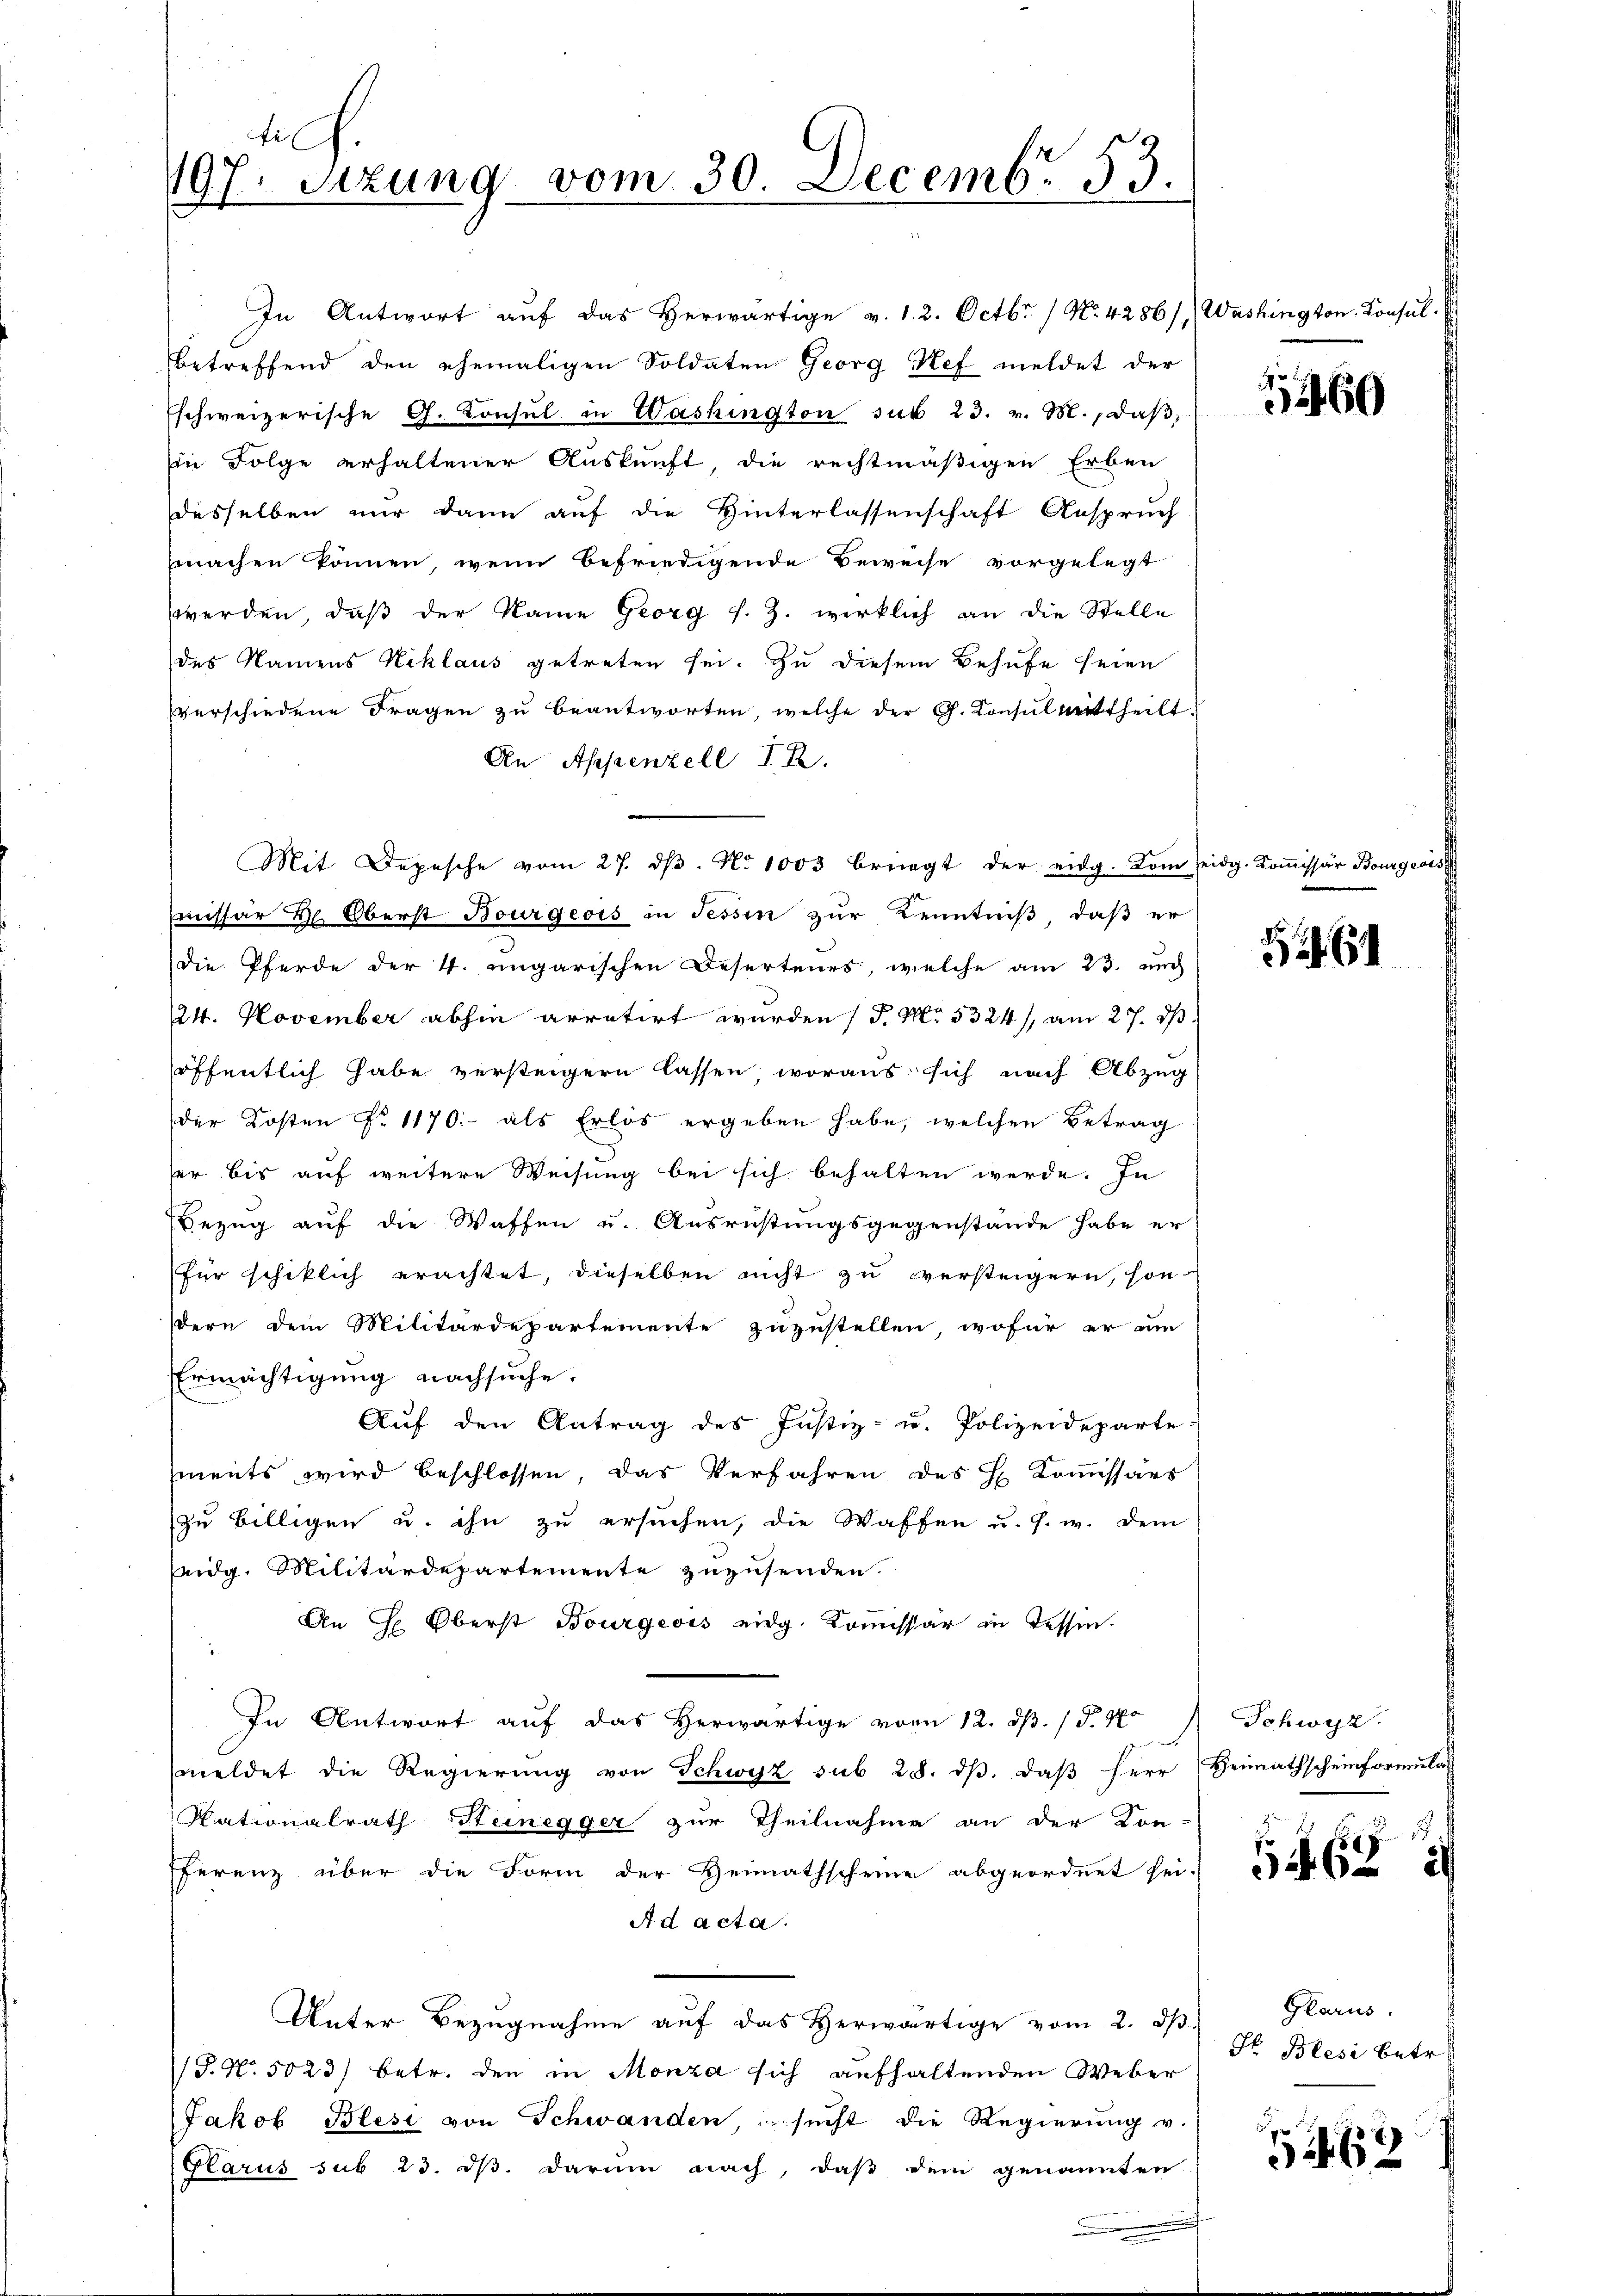
Fel
197. Sitzung vom 30. Decembr 53.

In Antwort auf das herwärtige v. 12. Octbr. / No. 4286/,) Washington Konsul
betreffend den ehemaligen Soldaten Georg Nef meldet der
Eschweizerische G. Consul in Washington sub 23. v. M., daß
in Folge erhaltener Auskunft, die rechtmäßigen Erben
desselben nur dann auf die Hinterlassenschaft Anspruch
machen können, wenn befriedigende Beweise vorgelegt
werden, daß der Name Georg s. Z. wirklich an die Stelle
des Namens Niklaus getreten sei. Zu diesem Behufe seien
verschiedene Fragen zu beantworten, welche der G. Konsul mittheilt.
An Appenzell I.R.
Mit Depesche vom 27. dβ. No 1003 bringt der eidg. Kom seidg. Koṁissär Bourg
missär H. Oberst Bourgeois in Tessin zur Kenntniß, daß er
Die Pferde der 4. ungarischen Deserteurs, welche am 23. auch
24. November abhin arretirt wurden / P. M. 5324/, am 27. ds.
öffentlich habe versteigern lassen woraus sich nach Abzug
der Kosten No 1170.- als Erlös ergeben habe, welchen Betrag
ser bis auf weitere Weisung bei sich behalten werde. In
Bezug auf die Waffen u. Ausrüstungsgegenstände habe er
für schiklich erachtet, dieselben nicht zu versteigern, sondern dem Militärdepartemente zuzustellen, wofür er um
Ermächtigung nachsuche.
Aŭf den Antrag des Justiz- u. Polizeideparte
ments wird beschlossen, das Verfahren des H. Kommissärs
zu billigen u. ihn zu ersuchen, die Waffen u. s. w. dem
eidg. Militärdepartemente zuzusenden.
An H. Oberst Bourgeois eidg. Kommissär in Tessin.
In Antwort auf das Herwärtige vom 12. d. d. 17
.
meldet die Regierung von Schwyz sub 28. dβ. daß Herr Heimathscheinformulas
Kationalrath Steinegger zur Theilnahme an der Kon-
fferenz über die Form der Heimathscheine abgeordnet sei.
Ad acta.
Unter Bezugnahme auf das Herwärtige vom 2. dβ.
P.N. 5023/ betr. den in Monza sich aufhaltenden Weber
Jakob Blesi von Schwanden sucht die Regierung v.
(Glarus sub 23. ds. darum nach, daß dem genannten

.
3460

2. 61

Schwyz.

5462 d

Glarus.
S. Blesi betr.

5462